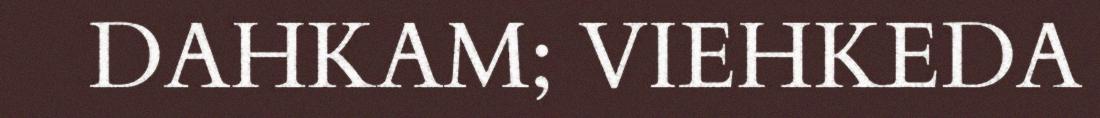
DAHKAM; VIEHKEDA